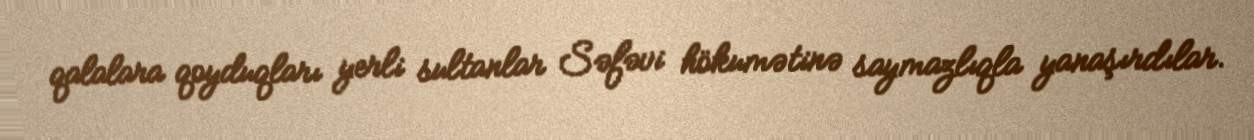
qalalara qoyduqları yerli sultanlar Səfəvi hökumətinə saymazlıqla yanaşırdılar.